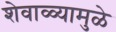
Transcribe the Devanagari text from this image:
शेवाळ्यामुळे